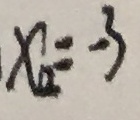
x _ { 2 } = - 3